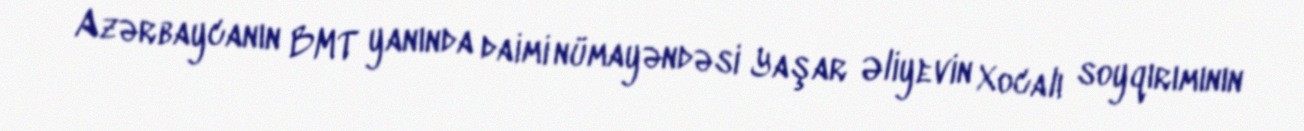
Azərbaycanın BMT yanında daimi nümayəndəsi Yaşar Əliyevin Xocalı soyqırımının